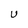
Character: U